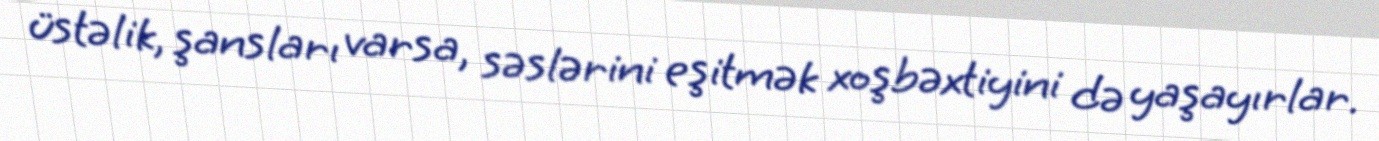
üstəlik, şansları varsa, səslərini eşitmək xoşbəxtiyini də yaşayırlar.